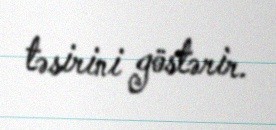
təsirini göstərir.